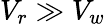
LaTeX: V_{r}\gg V_{w}